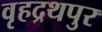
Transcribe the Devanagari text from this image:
वृहद्रथपुर